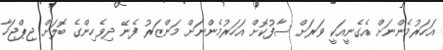
އަހަރުމެންނަށް އެގެނީއަކީ ވަރަށް ސާފުކޮށް އަހަރުމެންނަށް މަންޒަރު ފެނޭ ދިވެހިންގެ ބޮލަށް ޖިޕްޖަހާ